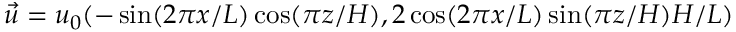
\vec { u } = u _ { 0 } ( - \sin ( 2 \pi x / L ) \cos ( \pi z / H ) , 2 \cos ( 2 \pi x / L ) \sin ( \pi z / H ) H / L )